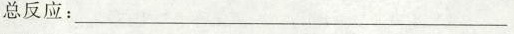
总反应：___